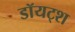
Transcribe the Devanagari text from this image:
डॉयट्श